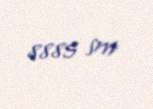
8885 sm